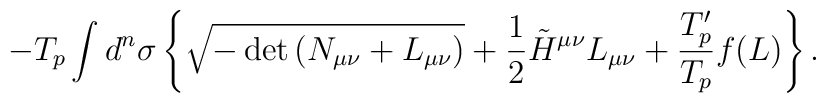
-T_p \int d^n \sigma \left\{ \sqrt{-\det{\left( N_{\mu \nu}+L_{\mu \nu}\right)}}+\frac{1}{2}\tilde{H}^{\mu \nu}L_{\mu \nu} +{T'_p \over T_p}f(L)\right\} .